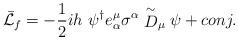
LaTeX: \begin{align*}\bar{\cal L}_f = - \frac{1}{2} ih~\psi^{\dagger} e_{\alpha}^{\mu}\sigma^{\alpha} \stackrel{\sim}{D}_{\mu} \psi + conj.\end{align*}